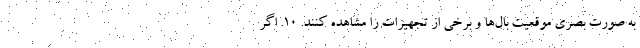
به صورت بصری موقعیت بال‌ها و برخی از تجهیزات را مشاهده کنند. ۱۰. اگر